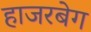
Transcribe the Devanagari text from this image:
हाजरबेग